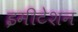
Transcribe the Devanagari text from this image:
इमीटेशन